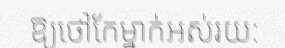
ឱ្យថៅកែម្នាក់អស់រយ: